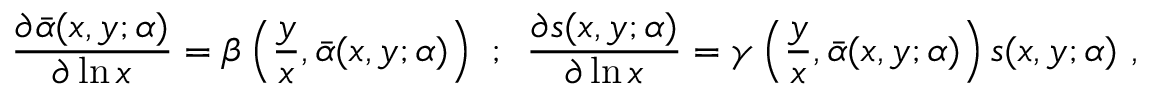
\frac { \partial \bar { \alpha } ( x , y ; \alpha ) } { \partial \ln x } = \beta \left( \frac { y } { x } , \bar { \alpha } ( x , y ; \alpha ) \right) \, \, ; \, \, \, \frac { \partial s ( x , y ; \alpha ) } { \partial \ln x } = \gamma \left( \frac { y } { x } , \bar { \alpha } ( x , y ; \alpha ) \right) s ( x , y ; \alpha ) ~ ,